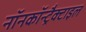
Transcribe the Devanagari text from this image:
नॉनकॉन्ट्रैक्टाइल